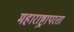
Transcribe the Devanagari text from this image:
महाराष्ट्रापरता